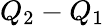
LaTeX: Q_{2}-Q_{1}